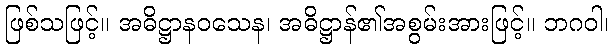
ဖြစ်သဖြင့်။ အဓိဋ္ဌာနဝသေန၊ အဓိဋ္ဌာန်၏အစွမ်းအားဖြင့်။ ဘဂဝါ၊